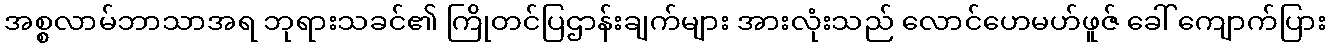
အစ္စလာမ်ဘာသာအရ ဘုရားသခင်၏ ကြိုတင်ပြဌာန်းချက်များ အားလုံးသည် လောင်ဟေမဟ်ဖူဇ် ခေါ် ကျောက်ပြား